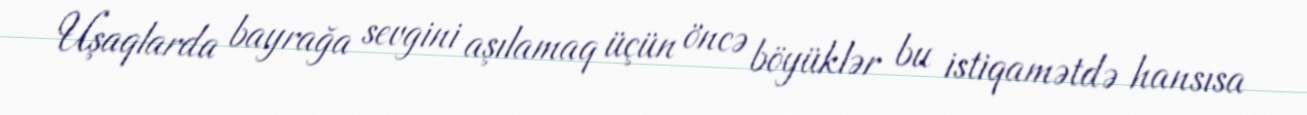
Uşaqlarda bayrağa sevgini aşılamaq üçün öncə böyüklər bu istiqamətdə hansısa